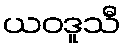
ယဝဒူသီ